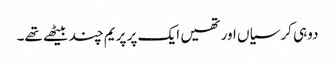
دوہی کرسیاں اور تھیں ایک پر پریم چند بیٹھے تھے۔